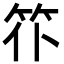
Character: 䇚